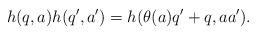
LaTeX: \begin{align*}h(q,a) h(q',a')=h(\theta(a) q'+q,aa').\end{align*}